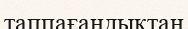
таппағандықтан